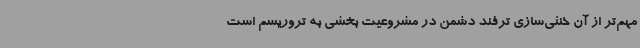
مهم‌تر از آن خنثی‌سازی ترفند دشمن در مشروعیت‌ بخشی به تروریسم است